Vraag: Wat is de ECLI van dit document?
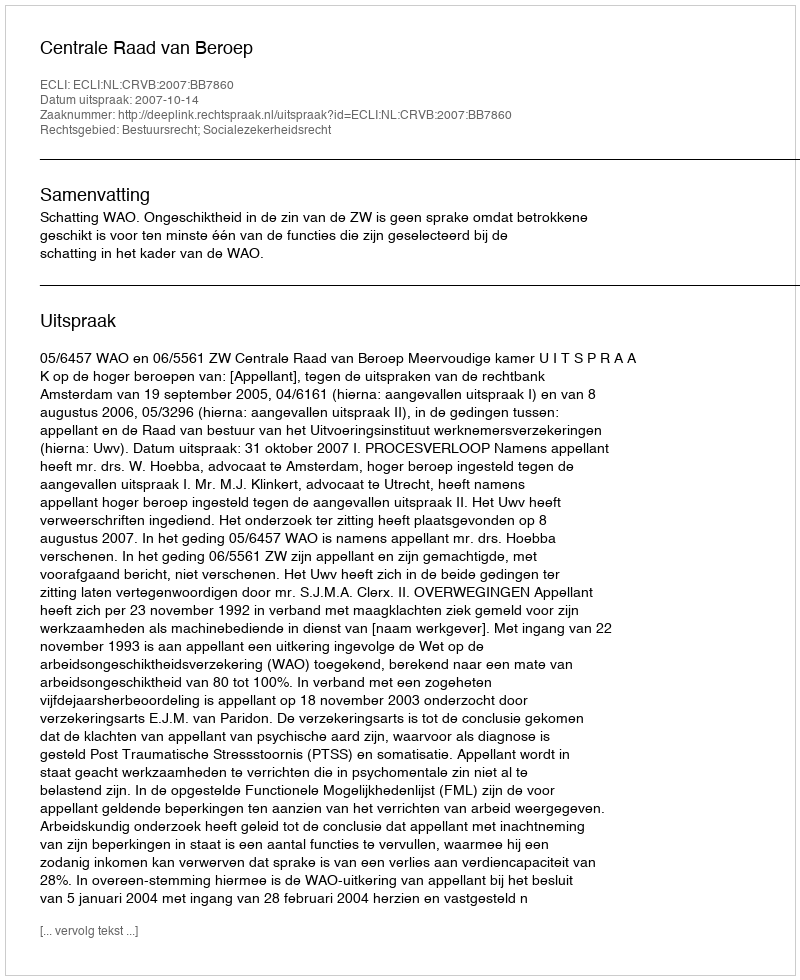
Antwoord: ECLI:NL:CRVB:2007:BB7860